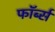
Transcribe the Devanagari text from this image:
फॉर्ब्स